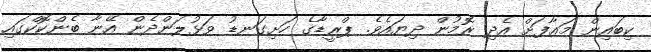
ކިބައިން މަޢާފަށް އެދި ރޮމުން ދިޔައެވެ. ޕްރީޑާގެ ހަށިގަނޑު ވަޅުލަންދެން އޭނާ ބެންކޮކްގައި